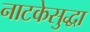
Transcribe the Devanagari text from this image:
नाटकेसुद्धा